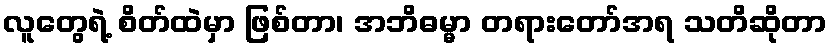
လူတွေရဲ့ စိတ်ထဲမှာ ဖြစ်တာ၊ အဘိဓမ္မာ တရားတော်အရ သတိဆိုတာ